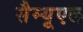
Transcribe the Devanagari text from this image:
सैम्यूएल